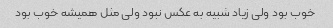
خوب بود ولی زیاد شبیه به عکس نبود ولی مثل همیشه خوب بود